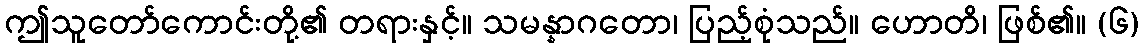
ဤသူတော်ကောင်းတို့၏ တရားနှင့်။ သမန္နာဂတော၊ ပြည့်စုံသည်။ ဟောတိ၊ ဖြစ်၏။ (၆)